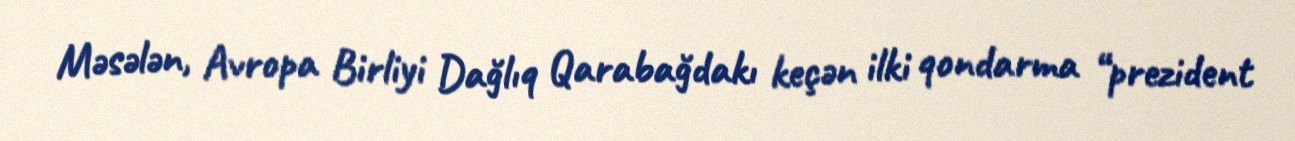
Məsələn, Avropa Birliyi Dağlıq Qarabağdakı keçən ilki qondarma “prezident